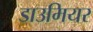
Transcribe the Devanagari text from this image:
डाउमियर